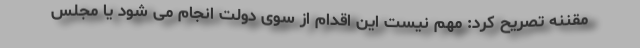
مقننه تصریح کرد: مهم نیست این اقدام از سوی دولت انجام می شود یا مجلس